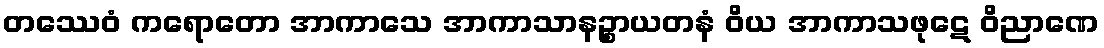
တဿေဝံ ကရောတော အာကာသေ အာကာသာနဉ္စာယတနံ ဝိယ အာကာသဖုဋေ ဝိညာဏေ